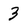
Character: 3